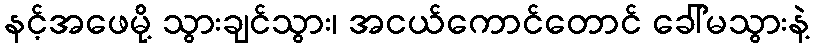
နင့်အဖေမို့ သွားချင်သွား၊ အငယ်ကောင်တောင် ခေါ်မသွားနဲ့